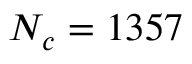
N _ { c } = 1 3 5 7